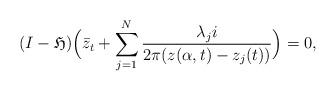
LaTeX: \begin{align*}(I-\mathfrak{H})\Big(\bar{z}_t+\sum_{j=1}^N \frac{\lambda_j i}{2\pi (z(\alpha,t)-z_j(t))}\Big)=0,\end{align*}